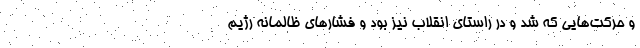
و حرکت‌هایی که شد و در راستای انقلاب نیز بود و فشار‌های ظالمانه رژیم